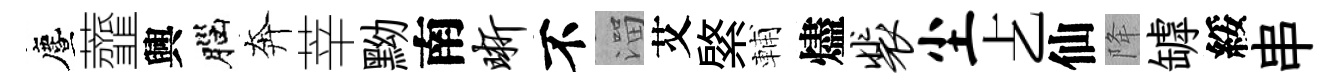
󵨌虀興腦奔莘黝南晰不溜艾綮輔燼裴尘𠧒仙降罅綏串